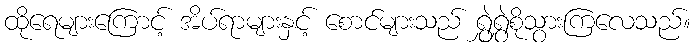
ထိုရေများကြောင့် အိပ်ရာများနှင့် စောင်များသည် ရွှဲရွှဲစိုသွားကြလေသည်။